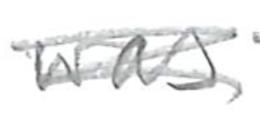
Text: was
Cross-out: scratch
Writing tool: pencil